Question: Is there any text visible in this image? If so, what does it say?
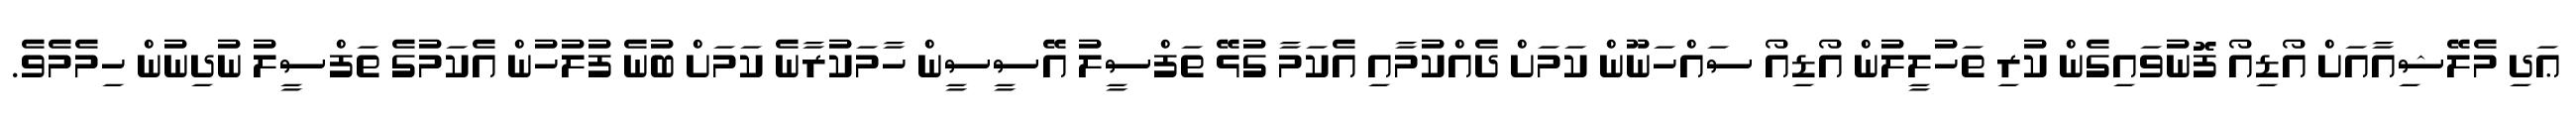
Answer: ޢަދި މެލޭޝިއާއަށް އޯޑިއޯ ފޮނުވައިގެން ކުރި ތަހުލީލުން އޯޑިއޯ ސައްހަނޫން ކަމަށް ދެއްކުމާއި އެކަމާ ގުޅޭ ތަފްސީލު އޭސީސީން ހާމަކުރާނެ ކަމަށް ބުނެ ފުލުހުން އެކަމުގެ ތަފްސީލު ނުދިނުން ހިމެމެވެ.